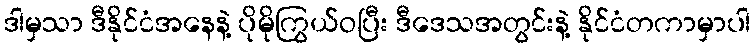
ဒါမှသာ ဒီနိုင်ငံအနေနဲ့ ပိုမိုကြွယ်ဝပြီး ဒီဒေသအတွင်းနဲ့ နိုင်ငံတကာမှာပါ